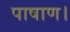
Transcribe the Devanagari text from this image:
पाषाण।